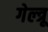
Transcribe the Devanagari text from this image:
गेल्त्रू